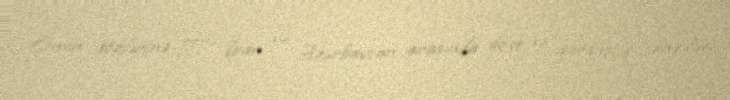
Onun sözlərinə görə, İran və Azərbaycan arasında dost və qardaşlıq əlaqələri